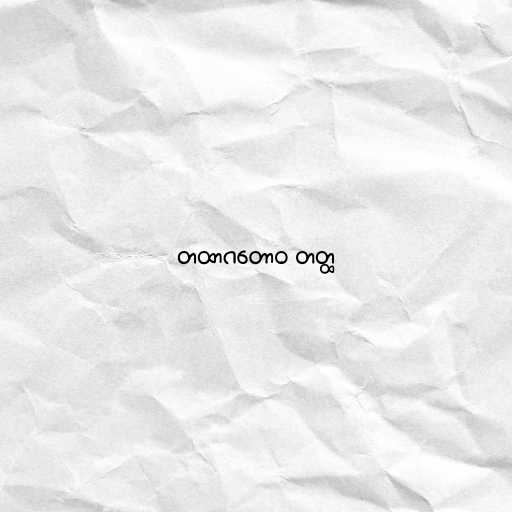
တထာဂတောဝ တတ္ထ